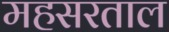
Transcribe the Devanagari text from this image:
महसरताल